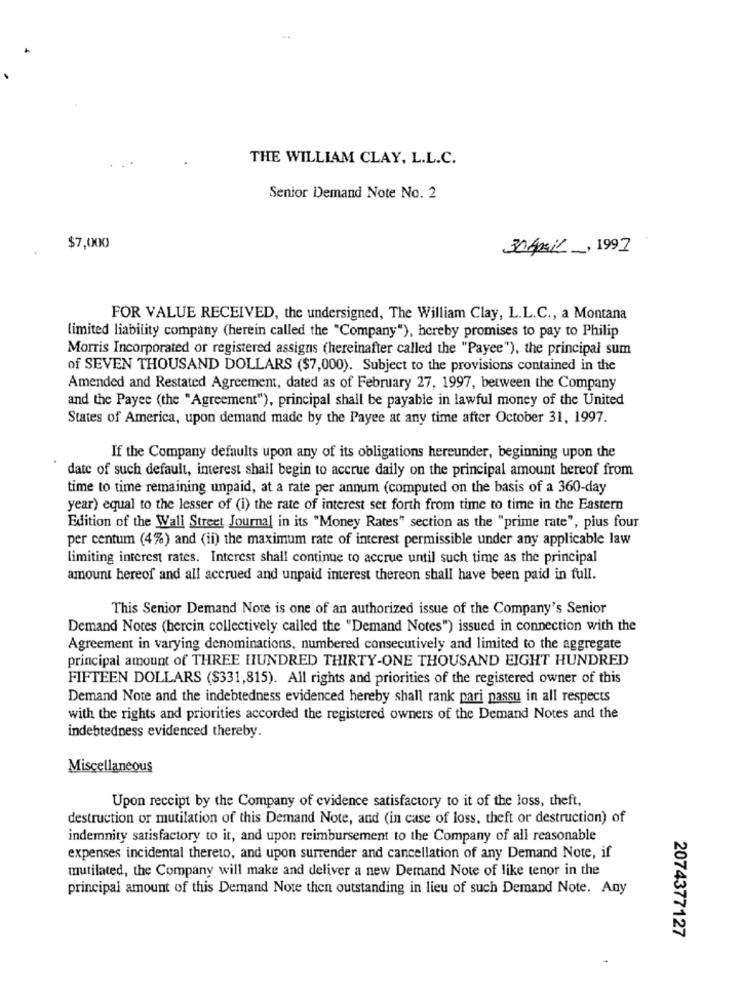
THE WILLIAM CLAY, L.L.C.
Senior Demand Note No. 2
$7,000
30Amil, 1997
FOR VALUE RECEIVED, the undersigned, The William Clay, L.L.C ., a Montana
limited liability company (herein called the "Company"), hereby promises to pay to Philip
Morris Incorporated or registered assigns (hereinafter called the "Payee"), the principal sum
of SEVEN THOUSAND DOLLARS ($7,000). Subject to the provisions contained in the
Amended and Restated Agreement, dated as of February 27, 1997, between the Company
and the Payee (the "Agreement"), principal shall be payable in lawful money of the United
States of America, upon demand made by the Payee at any time after October 31, 1997.
If the Company defaults upon any of its obligations hereunder, beginning upon the
date of such default, interest shall begin to accrue daily on the principal amount hereof from
time to time remaining unpaid, at a rate per annum (computed on the basis of a 360-day
year) equal to the lesser of (i) the rate of interest set forth from time to time in the Eastern
Edition of the Wall Street Journal in its "Money Rates" section as the "prime rate", pius four
per centum (4%) and (ii) the maximum rate of interest permissible under any applicable law
limiting interest rates. Interest shall continue to accrue until such time as the principal
amount hereof and all accrued and unpaid interest thereon shall have been paid in full.
This Senior Demand Note is one of an authorized issue of the Company's Senior
Demand Notes (hercin collectively called the "Demand Notes") issued in connection with the
Agreement in varying denominations, numbered consecutively and limited to the aggregate
principal amount of THREE HUNDRED THIRTY-ONE THOUSAND EIGHT HUNDRED
FIFTEEN DOLLARS ($331,815). All rights and priorities of the registered owner of this
Demand Note and the indebtedness evidenced hereby shall rank pari passu in all respects
with the rights and priorities accorded the registered owners of the Demand Notes and the
indebtedness evidenced thereby.
Miscellaneous
Upon receipt by the Company of evidence satisfactory to it of the loss, theft,
destruction or mutilation of this Demand Note, and (in case of loss, theft or destruction) of
indemnity satisfactory to it, and upon reimbursement to the Company of ali reasonable
expenses incidental thereto, and upon surrender and cancellation of any Demand Note, if
mutilated, the Company will make and deliver a new Demand Note of like tenor in the
principal amount of this Demand Note then outstanding in lieu of such Demand Note. Any
2074377127